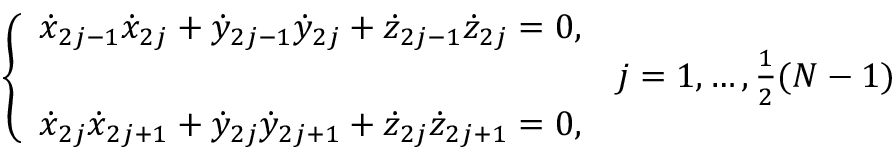
\left\{ \begin{array} { l l } { { \dot { x } } _ { 2 j - 1 } { \dot { x } } _ { 2 j } + { \dot { y } } _ { 2 j - 1 } { \dot { y } } _ { 2 j } + { \dot { z } } _ { 2 j - 1 } { \dot { z } } _ { 2 j } = 0 , } & \\ & { j = 1 , \dots , \frac { 1 } { 2 } ( N - 1 ) } \\ { { \dot { x } } _ { 2 j } { \dot { x } } _ { 2 j + 1 } + { \dot { y } } _ { 2 j } { \dot { y } } _ { 2 j + 1 } + { \dot { z } } _ { 2 j } { \dot { z } } _ { 2 j + 1 } = 0 , } \end{array} \right.